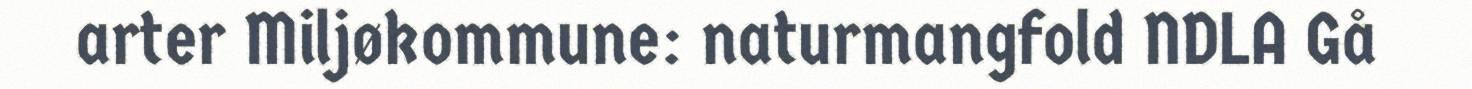
arter Miljøkommune: naturmangfold NDLA Gå